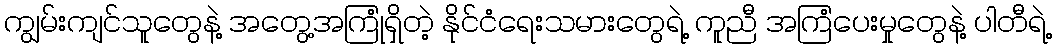
ကျွမ်းကျင်သူတွေနဲ့ အတွေ့အကြုံရှိတဲ့ နိုင်ငံရေးသမားတွေရဲ့ ကူညီ အကြံပေးမှုတွေနဲ့ ပါတီရဲ့